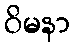
ဝိမနာ